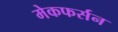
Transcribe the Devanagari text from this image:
मेकफर्सन